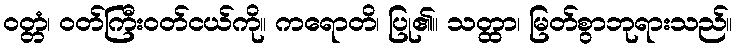
ဝတ္တံ၊ ဝတ်ကြီးဝတ်ငယ်ကို။ ကရောတိ၊ ပြု၏။ သတ္ထာ၊ မြတ်စွာဘုရားသည်။